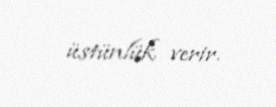
üstünlük verir.